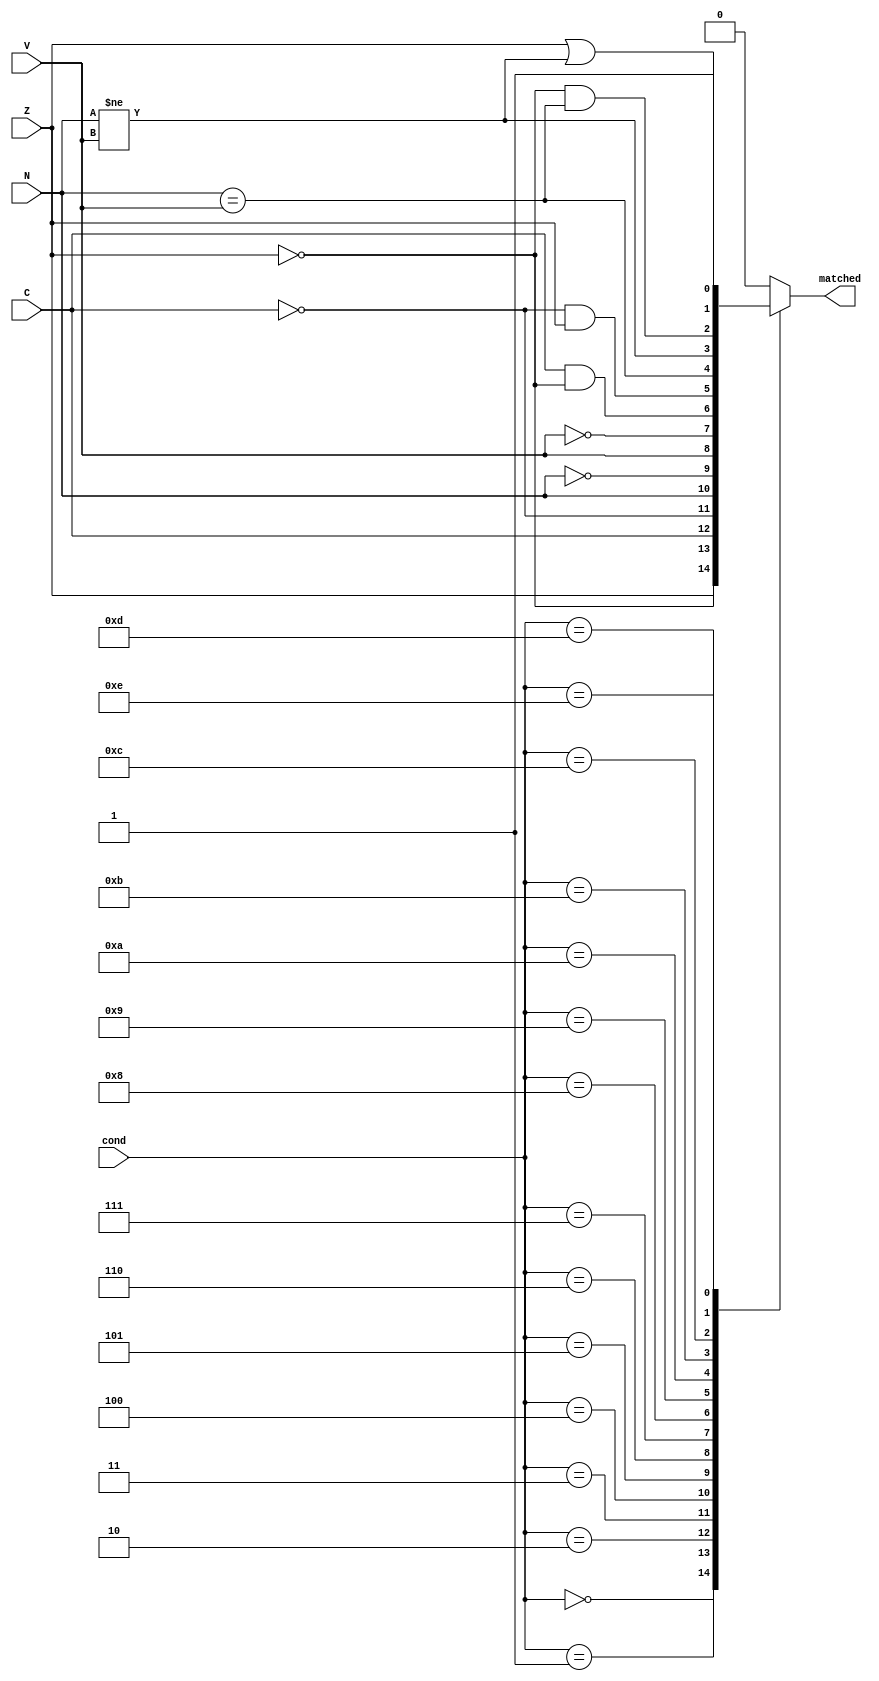
module condition_check (
  input Z, N, C, V,
  input [3:0] cond,
  output reg matched
);
	always @* begin
		case(cond)
			4'b0000: matched <= Z; //EQ
			4'b0001: matched <= !Z; // NE
			4'b0010: matched <= C; // CS
			4'b0011: matched <= !C; //CC
			4'b0100: matched <= N; // MI
			4'b0101: matched <= !N; // PL
			4'b0110: matched <= V; // VS
			4'b0111: matched <= !V; //VC
			4'b1000: matched <= C && (!Z); //HI
			4'b1001: matched <= (!C) && Z; // LS
			4'b1010: matched <= (N == V); // GE
			4'b1011: matched <= (N != V); // LT
			4'b1100: matched <= (!Z) && (N == V); //GT
			4'b1101: matched <= Z || (N != V); // LE
			4'b1110: matched <= 1; //AL
			default: matched <= 0;
		endcase
	end


endmodule